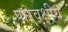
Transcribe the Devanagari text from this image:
पारवक्षीय